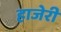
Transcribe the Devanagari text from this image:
हाजेरी